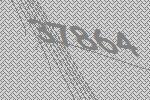
37864